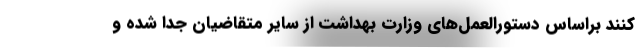
کنند براساس دستورالعمل‌های وزارت بهداشت از سایر متقاضیان جدا شده و